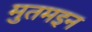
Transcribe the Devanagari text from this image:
मुतमइन